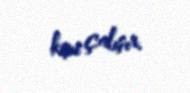
kimi çalışır.